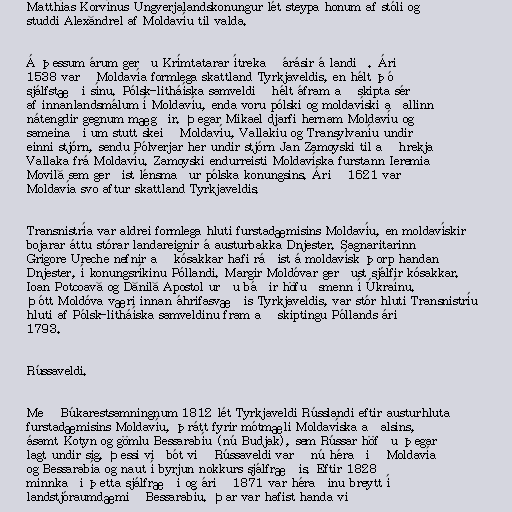
Matthías Korvínus Ungverjalandskonungur lét steypa honum af stóli og
studdi Alexăndrel af Moldavíu til valda.

Á þessum árum gerðu Krímtatarar ítrekað árásir á landið. Árið
1538 varð Moldavía formlega skattland Tyrkjaveldis, en hélt þó
sjálfstæði sínu. Pólsk-litháíska samveldið hélt áfram að skipta sér
af innanlandsmálum í Moldavíu, enda voru pólski og moldavíski aðallinn
nátengdir gegnum mægðir. Þegar Mikael djarfi hernam Moldavíu og
sameinaði um stutt skeið Moldavíu, Vallakíu og Transylvaníu undir
einni stjórn, sendu Pólverjar her undir stjórn Jan Zamoyski til að hrekja
Vallaka frá Moldavíu. Zamoyski endurreisti Moldavíska furstann Ieremia
Movilă sem gerðist lénsmaður pólska konungsins. Árið 1621 varð
Moldavía svo aftur skattland Tyrkjaveldis.

Transnistría var aldrei formlega hluti furstadæmisins Moldavíu, en moldavískir
bojarar áttu stórar landareignir á austurbakka Dnjester. Sagnaritarinn
Grigore Ureche nefnir að kósakkar hafi ráðist á moldavísk þorp handan
Dnjester, í konungsríkinu Póllandi. Margir Moldóvar gerðust sjálfir kósakkar.
Ioan Potcoavă og Dănilă Apostol urðu báðir höfuðsmenn í Úkraínu.
Þótt Moldóva væri innan áhrifasvæðis Tyrkjaveldis, var stór hluti Transnistríu
hluti af Pólsk-litháíska samveldinu fram að skiptingu Póllands árið
1793.

Rússaveldi.

Með Búkarestsamningnum 1812 lét Tyrkjaveldi Rússlandi eftir austurhluta
furstadæmisins Moldavíu, þrátt fyrir mótmæli Moldavíska aðalsins,
ásamt Kotyn og gömlu Bessarabíu (nú Budjak), sem Rússar höfðu þegar
lagt undir sig. Þessi viðbót við Rússaveldi varð nú héraðið Moldavía
og Bessarabía og naut í byrjun nokkurs sjálfræðis. Eftir 1828
minnkaði þetta sjálfræði og árið 1871 var héraðinu breytt í
landstjóraumdæmið Bessarabíu. Þar var hafist handa við